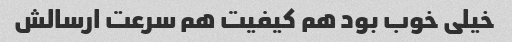
خیلی خوب بود هم کیفیت هم سرعت ارسالش